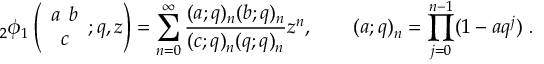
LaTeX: { } _ { 2 } \phi _ { 1 } \left( \begin{array} { l } { { a \phantom { c } b } } \\ { { \phantom { a } c \phantom { b } } } \end{array} ; q , z \right) = \sum _ { n = 0 } ^ { \infty } \frac { ( a ; q ) _ { n } ( b ; q ) _ { n } } { ( c ; q ) _ { n } ( q ; q ) _ { n } } z ^ { n } , \qquad ( a ; q ) _ { n } = \prod _ { j = 0 } ^ { n - 1 } ( 1 - a q ^ { j } ) ~ .